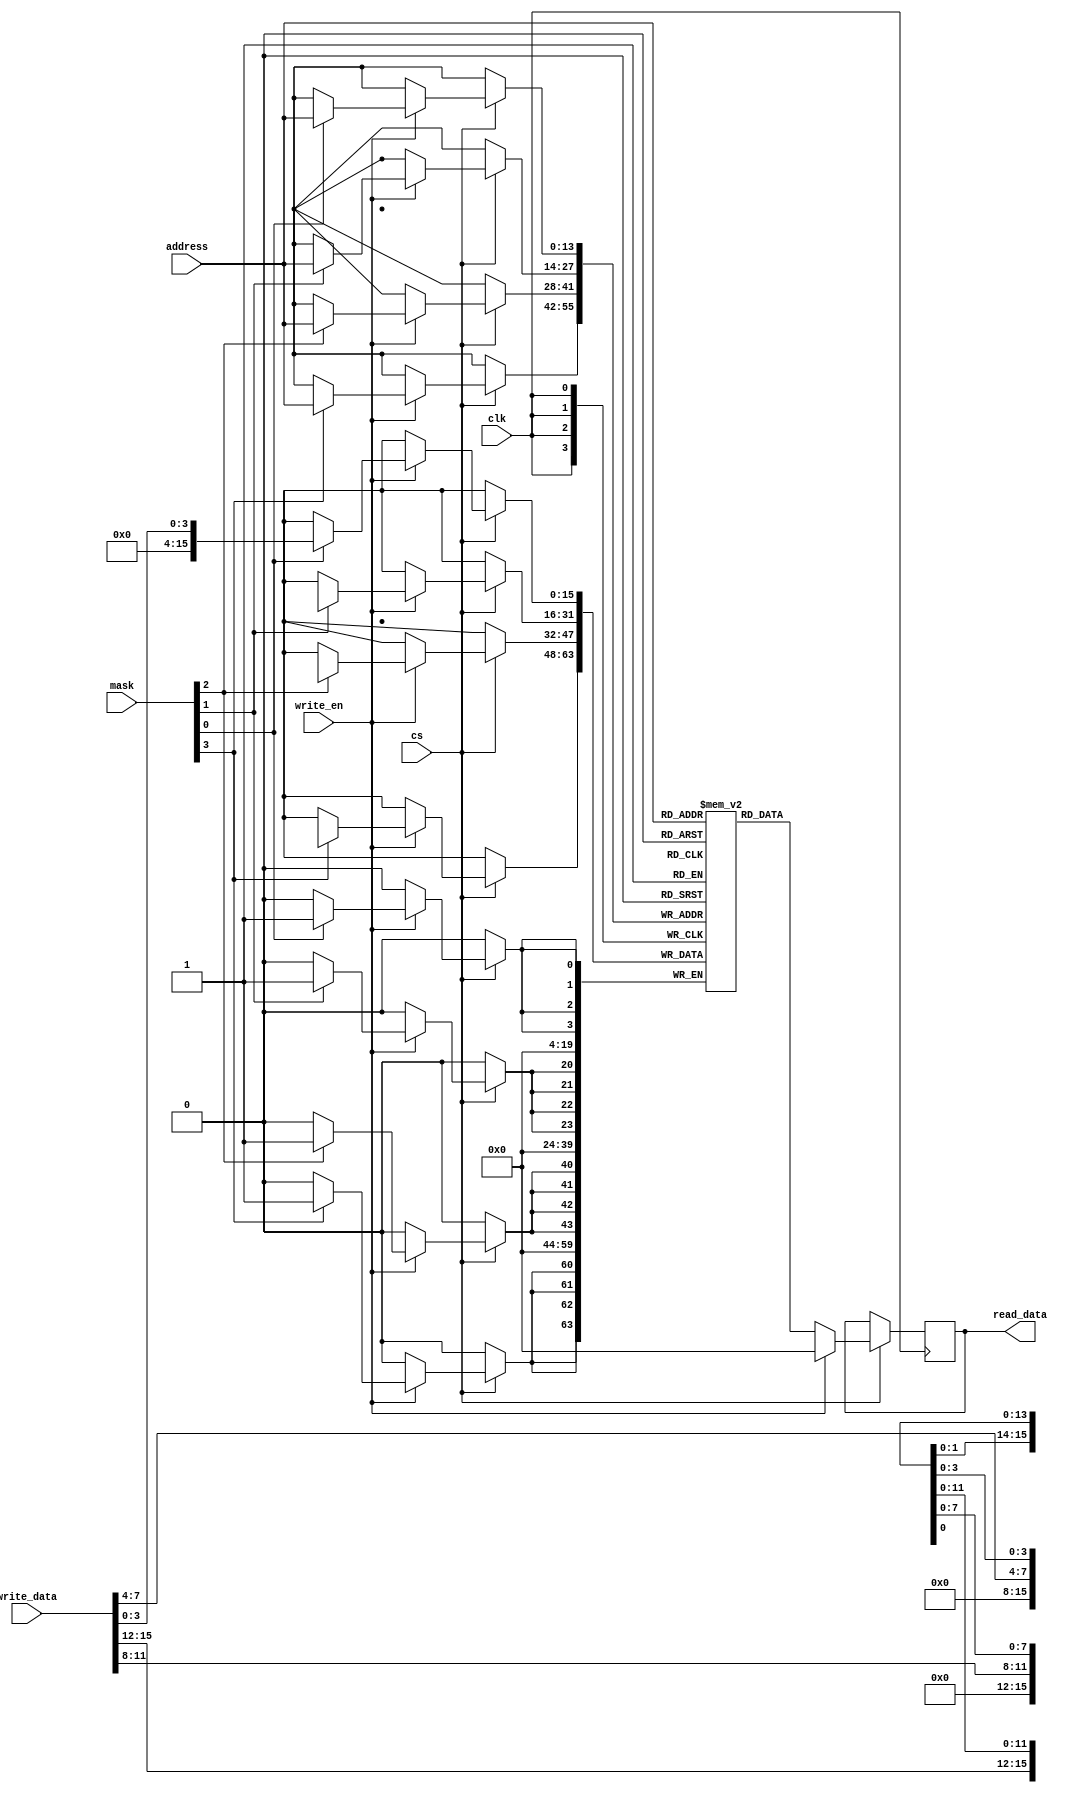
// This is based on the iCE40 SPRAM cell in the yosys techlibs

module spram_256k (
    input clk,
    input cs,
    input [13:0] address,
    input [15:0] write_data,
    input [3:0] mask,
    input write_en,
    output reg [15:0] read_data
);
    // This verilator comment is required for the C++ TB to do the IPL
    // It slows the sim down, revise this at some point

    reg [15:0] mem [0:16383] /* verilator public */ ;

    always @(posedge clk) begin
        if (cs) begin
            if (!write_en) begin
                read_data <= mem[address];
            end else begin
                if (mask[0]) mem[address][ 3: 0] <= write_data[ 3: 0];
                if (mask[1]) mem[address][ 7: 4] <= write_data[ 7: 4];
                if (mask[2]) mem[address][11: 8] <= write_data[11: 8];
                if (mask[3]) mem[address][15:12] <= write_data[15:12];
                read_data <= 0;
            end
        end
    end
    
endmodule